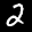
Label: 2